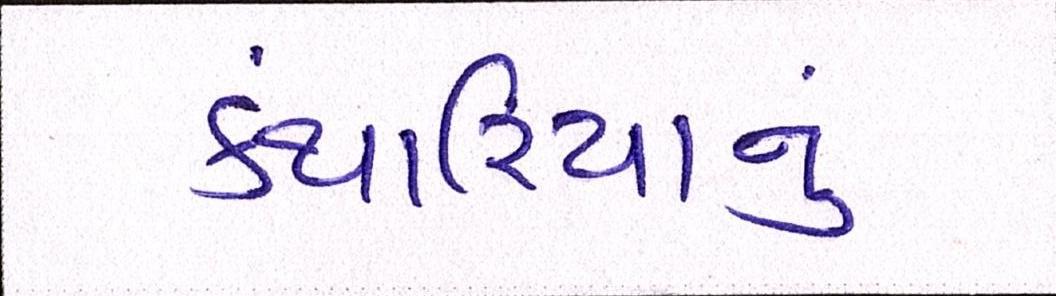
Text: કંથારિયાનું